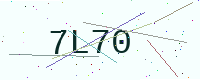
Text: 7L70